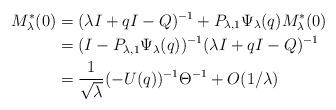
LaTeX: \begin{align*} M^* _\lambda (0) & = (\lambda I + q I - Q)^{-1} + P_{\lambda,1} \Psi _\lambda(q) M^*_\lambda (0) \\ & = (I - P_{\lambda,1} \Psi _\lambda (q))^{-1} (\lambda I + q I - Q)^{-1} \\ & = \frac{1}{\sqrt\lambda} (- U(q))^{-1} \Theta^{-1} + O(1/\lambda)\end{align*}